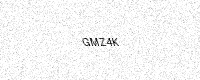
Text: GMZ4K